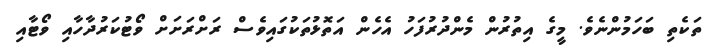
ތަކެތި ބަހަމުންނެވެ. މީގެ އިތުރުން މެންދުރުފަހު އެހެން އަތޮޅުތަކުގައިވެސް ރަށްރަށަށް ވޯޓުކަރުދާހާއި ވޯޓާއި